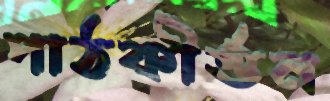
পাঠকীর্ত্তন